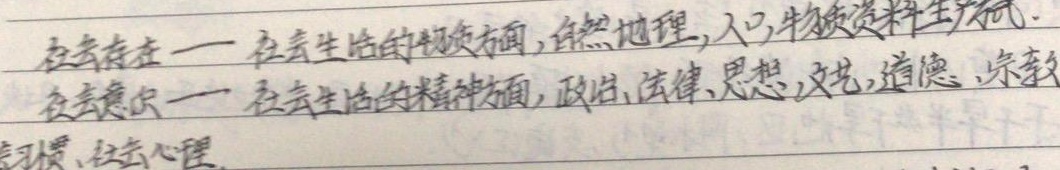
社会存在——社会生活的物质方面，自然地理，人口，物质资料生产方式。社会意识——社会生活的精神方面，政治、法律、思想，文艺，道德、宗教习惯、社会心理。